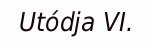
Utódja VI.